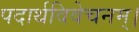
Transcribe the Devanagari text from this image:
पदार्थविवेचनम्।